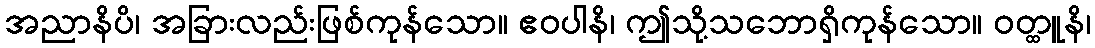
အညာနိပိ၊ အခြားလည်းဖြစ်ကုန်သော။ ဧဝပါနိ၊ ဤသို့သဘောရှိကုန်သော။ ဝတ္ထူနိ၊